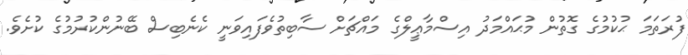
ފުރަތަމަ ޙުކުމުގެ ގޮތުން މުޙައްމަދު އިސްމާޢީލްގެ މައްޗަށް ސާބިތުވެފައިވަނީ ކެނެބިސް ބޭނުންކުރުމުގެ ކުށެވެ.